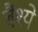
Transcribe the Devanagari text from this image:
बैश्ये